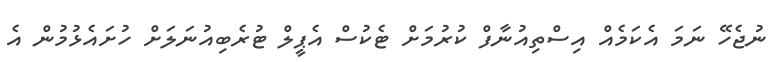
ނުޖެހޭ ނަމަ އެކަމެއް އިސްތިއުނާފް ކުރުމަށް ޓެކުސް އެޕީލް ޓުރެބިއުނަލަށް ހުށައެޅުމުން އެ